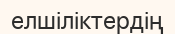
елшіліктердің